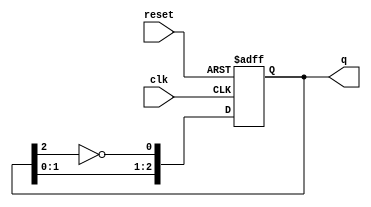
module JohnsonCounter #(parameter N = 3) (
    input wire clk,          // Clock signal
    input wire reset,        // Asynchronous reset
    output reg [N-1:0] q     // Counter output
);

    // Always block triggered on the rising edge of the clock or on reset
    always @(posedge clk or posedge reset) begin
        if (reset) begin
            // Initialize the counter to 0 on reset
            q <= 0;
        end else begin
            // Shift the state and feed back the inverted last flip-flop output
            q <= {q[N-2:0], ~q[N-1]};
        end
    end

endmodule